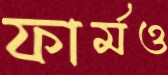
ফার্মও